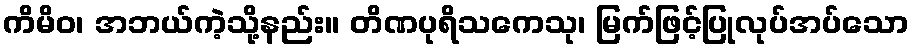
ကိမိဝ၊ အဘယ်ကဲ့သို့နည်း။ တိဏပုရိသကေသု၊ မြက်ဖြင့်ပြုလုပ်အပ်သော